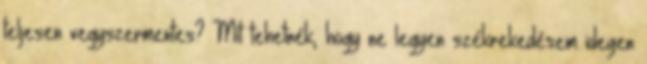
teljesen vegyszermentes? Mit tehetnék, hogy ne legyen székrekedésem idegen